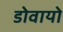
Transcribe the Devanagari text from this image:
डोवायो